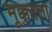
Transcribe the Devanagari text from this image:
मूक्कुतला